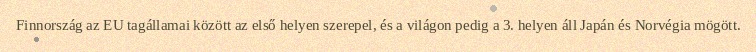
Finnország az EU tagállamai között az első helyen szerepel, és a világon pedig a 3. helyen áll Japán és Norvégia mögött.